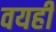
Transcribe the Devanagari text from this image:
वयही